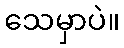
သေမှာပဲ။